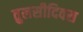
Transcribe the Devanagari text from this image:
तुलसीदिवस